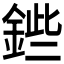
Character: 𨧥